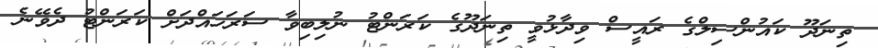
ތިނަދޫ ކައުންސިލްގެ ރައީސް ވިދާޅުވީ ތިނަދޫގެ ކަރަންޓު ނުލިބިވާ ސަރަހައްދަށް ކަރަންޓު ދެވޭނެ